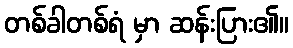
တစ်ခါတစ်ရံ မှာ ဆန်းပြား၏။